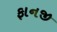
ફાનજી